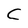
Character: C